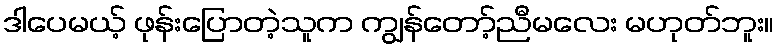
ဒါပေမယ့် ဖုန်းပြောတဲ့သူက ကျွန်တော့်ညီမလေး မဟုတ်ဘူး။